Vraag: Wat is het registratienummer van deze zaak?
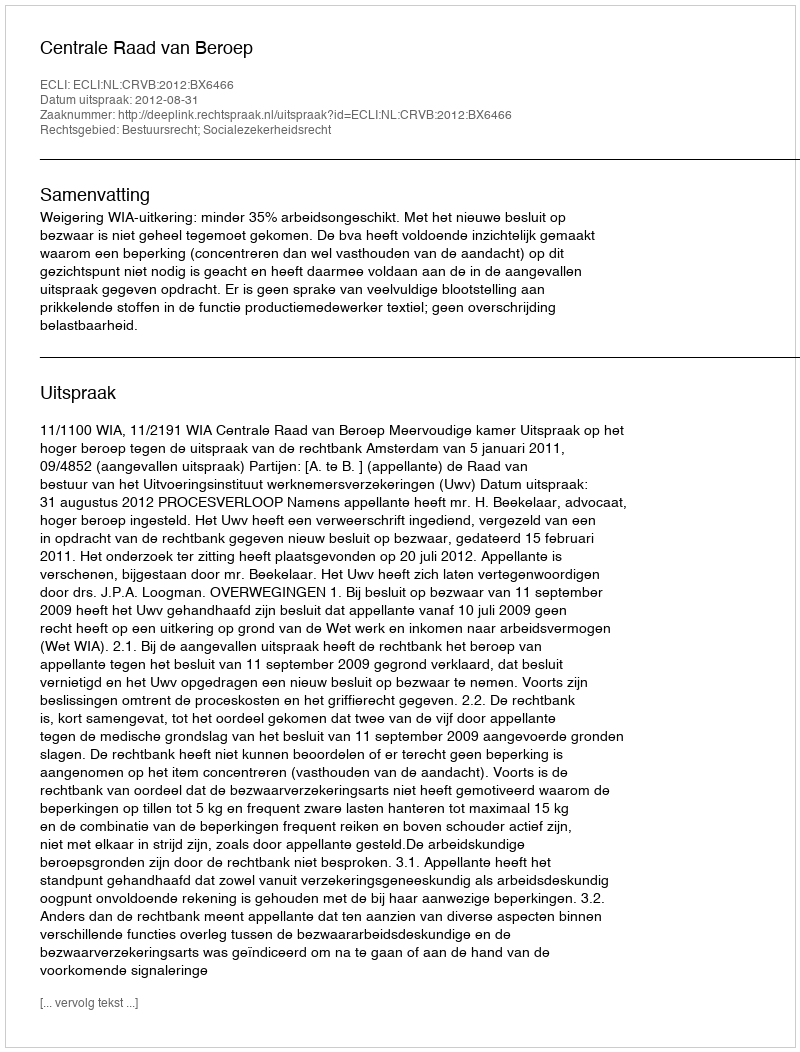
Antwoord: http://deeplink.rechtspraak.nl/uitspraak?id=ECLI:NL:CRVB:2012:BX6466